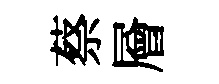
蔡層